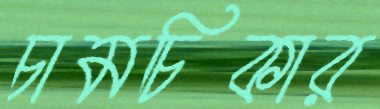
চামচিকার